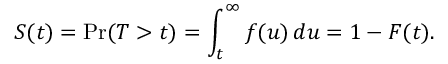
S ( t ) = \operatorname* { P r } ( T > t ) = \int _ { t } ^ { \infty } f ( u ) \, d u = 1 - F ( t ) .